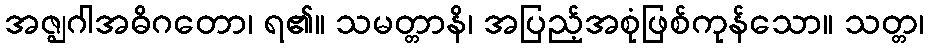
အဇ္ဈဂါအဓိဂတော၊ ရ၏။ သမတ္တာနိ၊ အပြည့်အစုံဖြစ်ကုန်သော။ သတ္တ၊